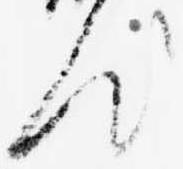
汰